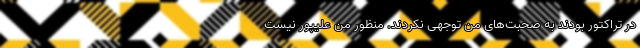
در تراکتور بودند به صحبت‌های من توجهی نکردند. منظور من علیپور نیست